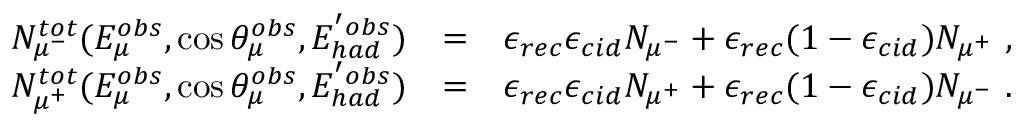
\begin{array} { r l r } { N _ { \mu ^ { - } } ^ { t o t } ( E _ { \mu } ^ { o b s } , \cos \theta _ { \mu } ^ { o b s } , E _ { h a d } ^ { ' o b s } ) } & { = } & { \epsilon _ { r e c } \epsilon _ { c i d } N _ { \mu ^ { - } } + \epsilon _ { r e c } ( 1 - \epsilon _ { c i d } ) N _ { \mu ^ { + } } ~ , } \\ { N _ { \mu ^ { + } } ^ { t o t } ( E _ { \mu } ^ { o b s } , \cos \theta _ { \mu } ^ { o b s } , E _ { h a d } ^ { ' o b s } ) } & { = } & { \epsilon _ { r e c } \epsilon _ { c i d } N _ { \mu ^ { + } } + \epsilon _ { r e c } ( 1 - \epsilon _ { c i d } ) N _ { \mu ^ { - } } ~ . } \end{array}